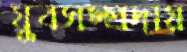
যুবসম্প্রদায়